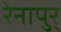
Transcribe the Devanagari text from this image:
रेनापुर्